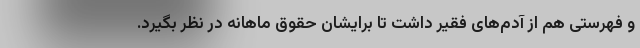
و فهرستی هم از آدم‌های فقیر داشت تا برایشان حقوق ماهانه در نظر بگیرد.